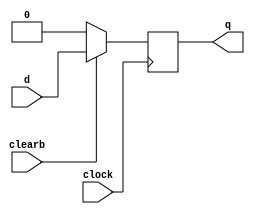
module dff_sync_clear(d, clearb,clock, q);
input d, clearb, clock;
output q;
reg q;
always @ (posedge clock)
begin
if (!clearb) q <= 1'b0;
else q <= d;
end
endmodule

module dff_async_clear(d, clearb, clock, q);
input d, clearb, clock;
output q;
reg q;
always @ (negedge clearb or posedge clock)
begin
if (!clearb) q <= 1'b0;
else q <= d;
end
endmodule